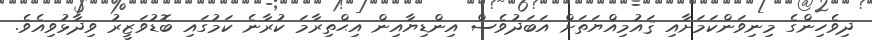
ދިވެހިންގެ މިނިވަންކަމަށާއި ޤައުމިއްޔަތަށް އަބަދުވެސް އިންޑިޔާއިން އިޙްތިރާމަ ކުރާނެ ކަމުގައި ބޮޑުވަޒީރު ވިދާޅުވިއެވެ.